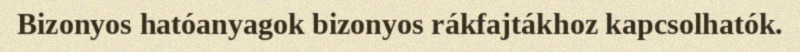
Bizonyos hatóanyagok bizonyos rákfajtákhoz kapcsolhatók.